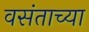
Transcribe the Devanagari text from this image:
वसंताच्या